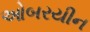
ઓબરયીન